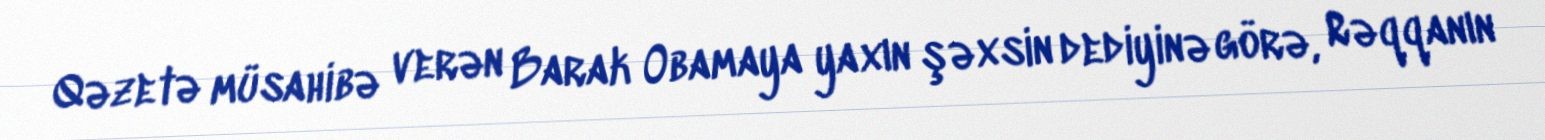
Qəzetə müsahibə verən Barak Obamaya yaxın şəxsin dediyinə görə, Rəqqanın